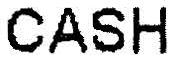
CASH